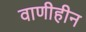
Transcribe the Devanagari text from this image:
वाणीहीन